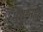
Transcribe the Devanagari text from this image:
मधुरनाद